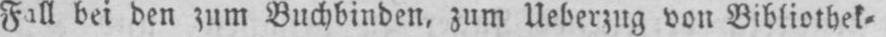
Fall bei den zum Buchbinden, zum Ueberzug von Bibliothek⸗